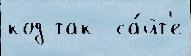
код так  са́йт'е